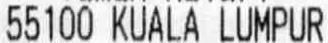
55100 KUALA LUMPUR